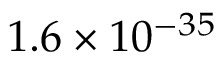
1 . 6 \times 1 0 ^ { - 3 5 }